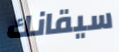
سيقانك